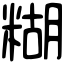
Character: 糊